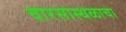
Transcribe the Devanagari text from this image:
वारसास्थळाचा